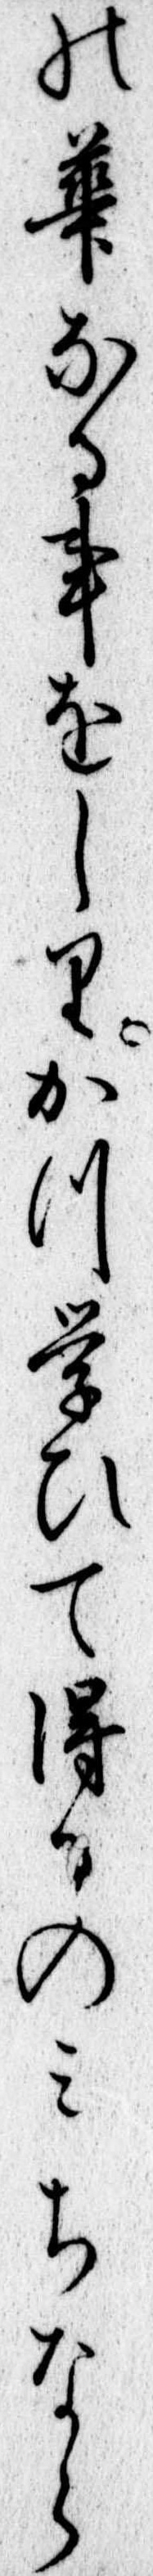
の華なる事をしりかつ学ひて得るのみちなら